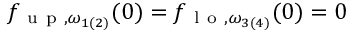
{ f } _ { \mathrm { ~ u ~ p ~ } , \omega _ { 1 ( 2 ) } } ( 0 ) = { f } _ { \mathrm { ~ l ~ o ~ } , \omega _ { 3 ( 4 ) } } ( 0 ) = 0